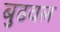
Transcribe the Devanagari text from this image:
बुढवल